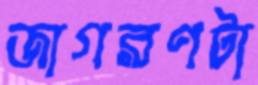
জাগরণটা